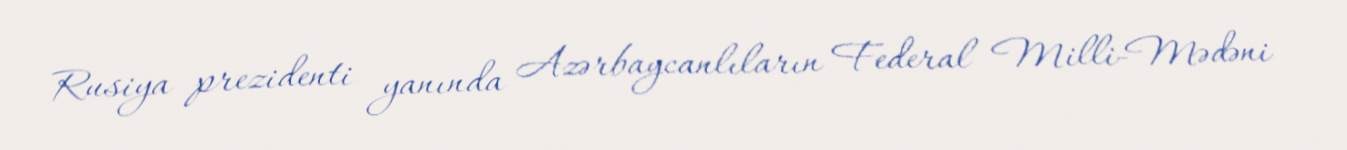
Rusiya prezidenti yanında Azərbaycanlıların Federal Milli-Mədəni